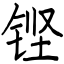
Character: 铿